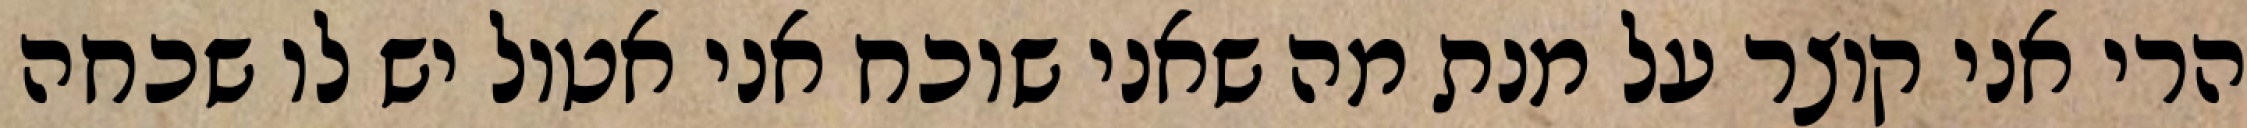
הרי אני קוצר על מנת מה שאני שוכח אני אטול יש לו שכחה